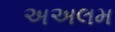
અઅલમ